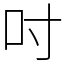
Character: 吋